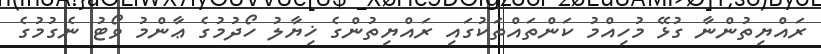
ރައްޔިތުންނާ ގުޅޭ މުހިއްމު ކަންތައްތަކުގައި ރައްޔިތުންގެ ޚިޔާލު ހޯދުމުގެ ޢާންމު ވޯޓު ނެގުމުގެ